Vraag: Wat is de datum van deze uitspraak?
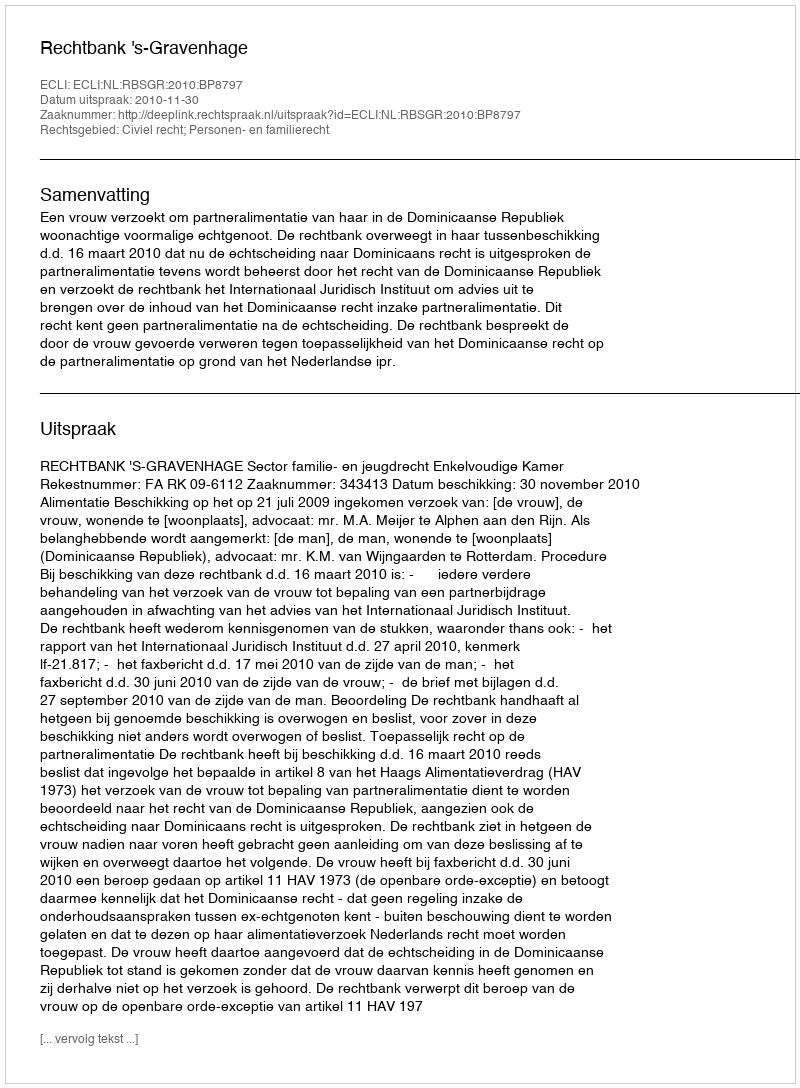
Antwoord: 2010-11-30